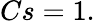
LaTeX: Cs=1.